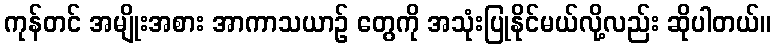
ကုန်တင် အမျိုးအစား အာကာသယာဉ် တွေကို အသုံးပြုနိုင်မယ်လို့လည်း ဆိုပါတယ်။